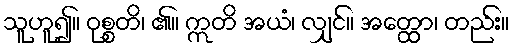
သူဟူ၍။ ဝုစ္စတိ၊ ၏။ ဣတိ အယံ၊ လျှင်။ အတ္ထော၊ တည်း။